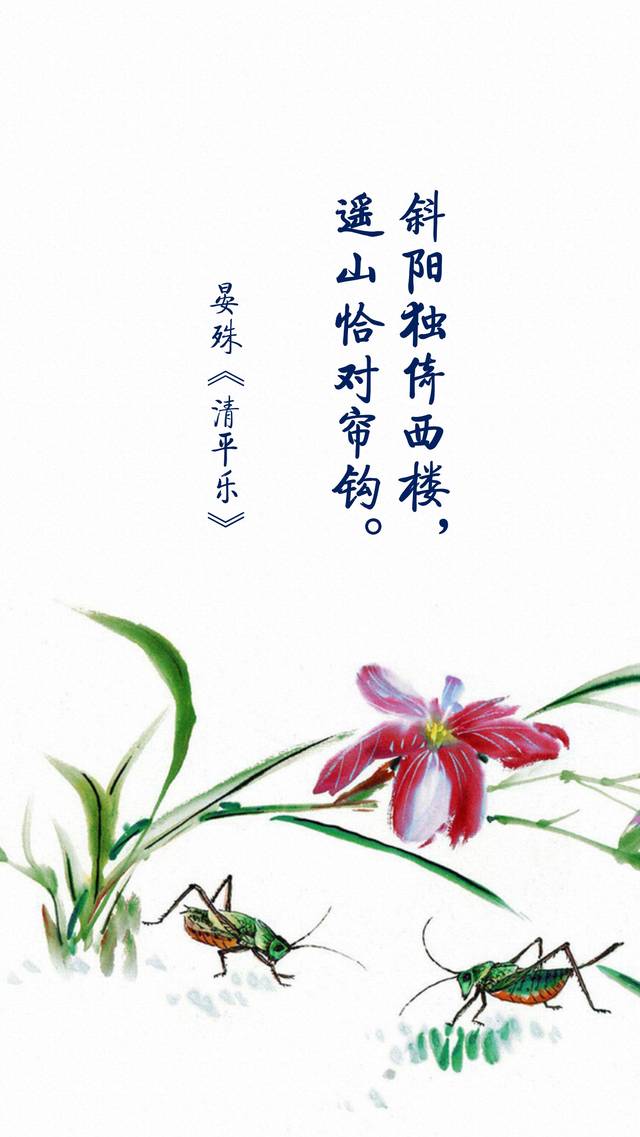
斜阳独倚西楼。遥山恰对帘钩。